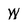
Character: w